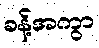
ခန့်အကွာ